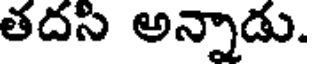
తదసి అన్నాడు.